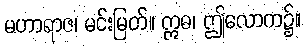
မဟာရာဇ၊ မင်းမြတ်။ ဣဓ၊ ဤလောက၌။